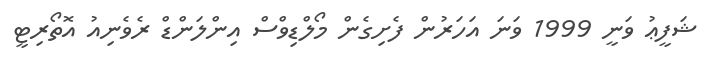
ޝަފީޢު ވަނީ 1999 ވަނަ އަހަރުން ފެށިގެން މޯލްޑިވްސް އިންލަންޑް ރެވެނިއު އޮތޯރިޓީ